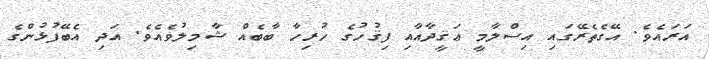
އަރައެވެ. އޭގެތެރޭގައި އިސްލާމީ ޢަޤީދާއާއި ފިޤުހުގެ ހުރިހާ ބާބެއް ޝާމިލުވެއެވެ. އަދި އެބޭފުޅުންގެ